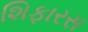
શિફારસ